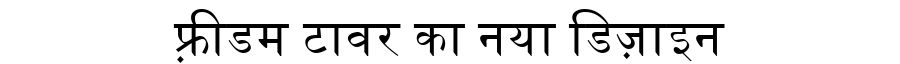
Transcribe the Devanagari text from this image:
फ़्रीडम टावर का नया डिज़ाइन